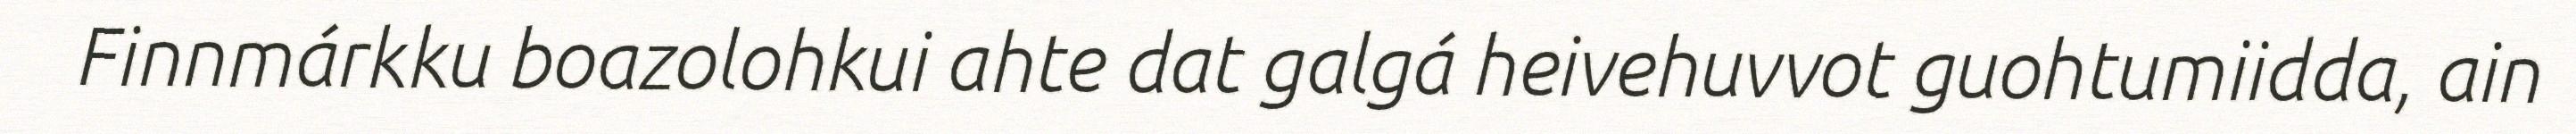
Finnmárkku boazolohkui ahte dat galgá heivehuvvot guohtumiidda, ain